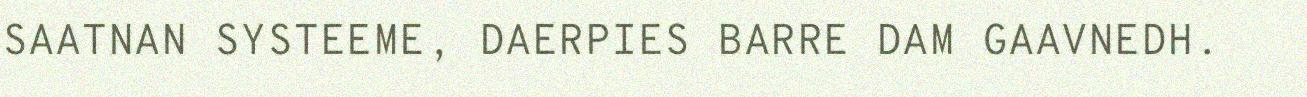
SAATNAN SYSTEEME, DAERPIES BARRE DAM GAAVNEDH.